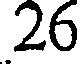
26